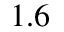
1 . 6